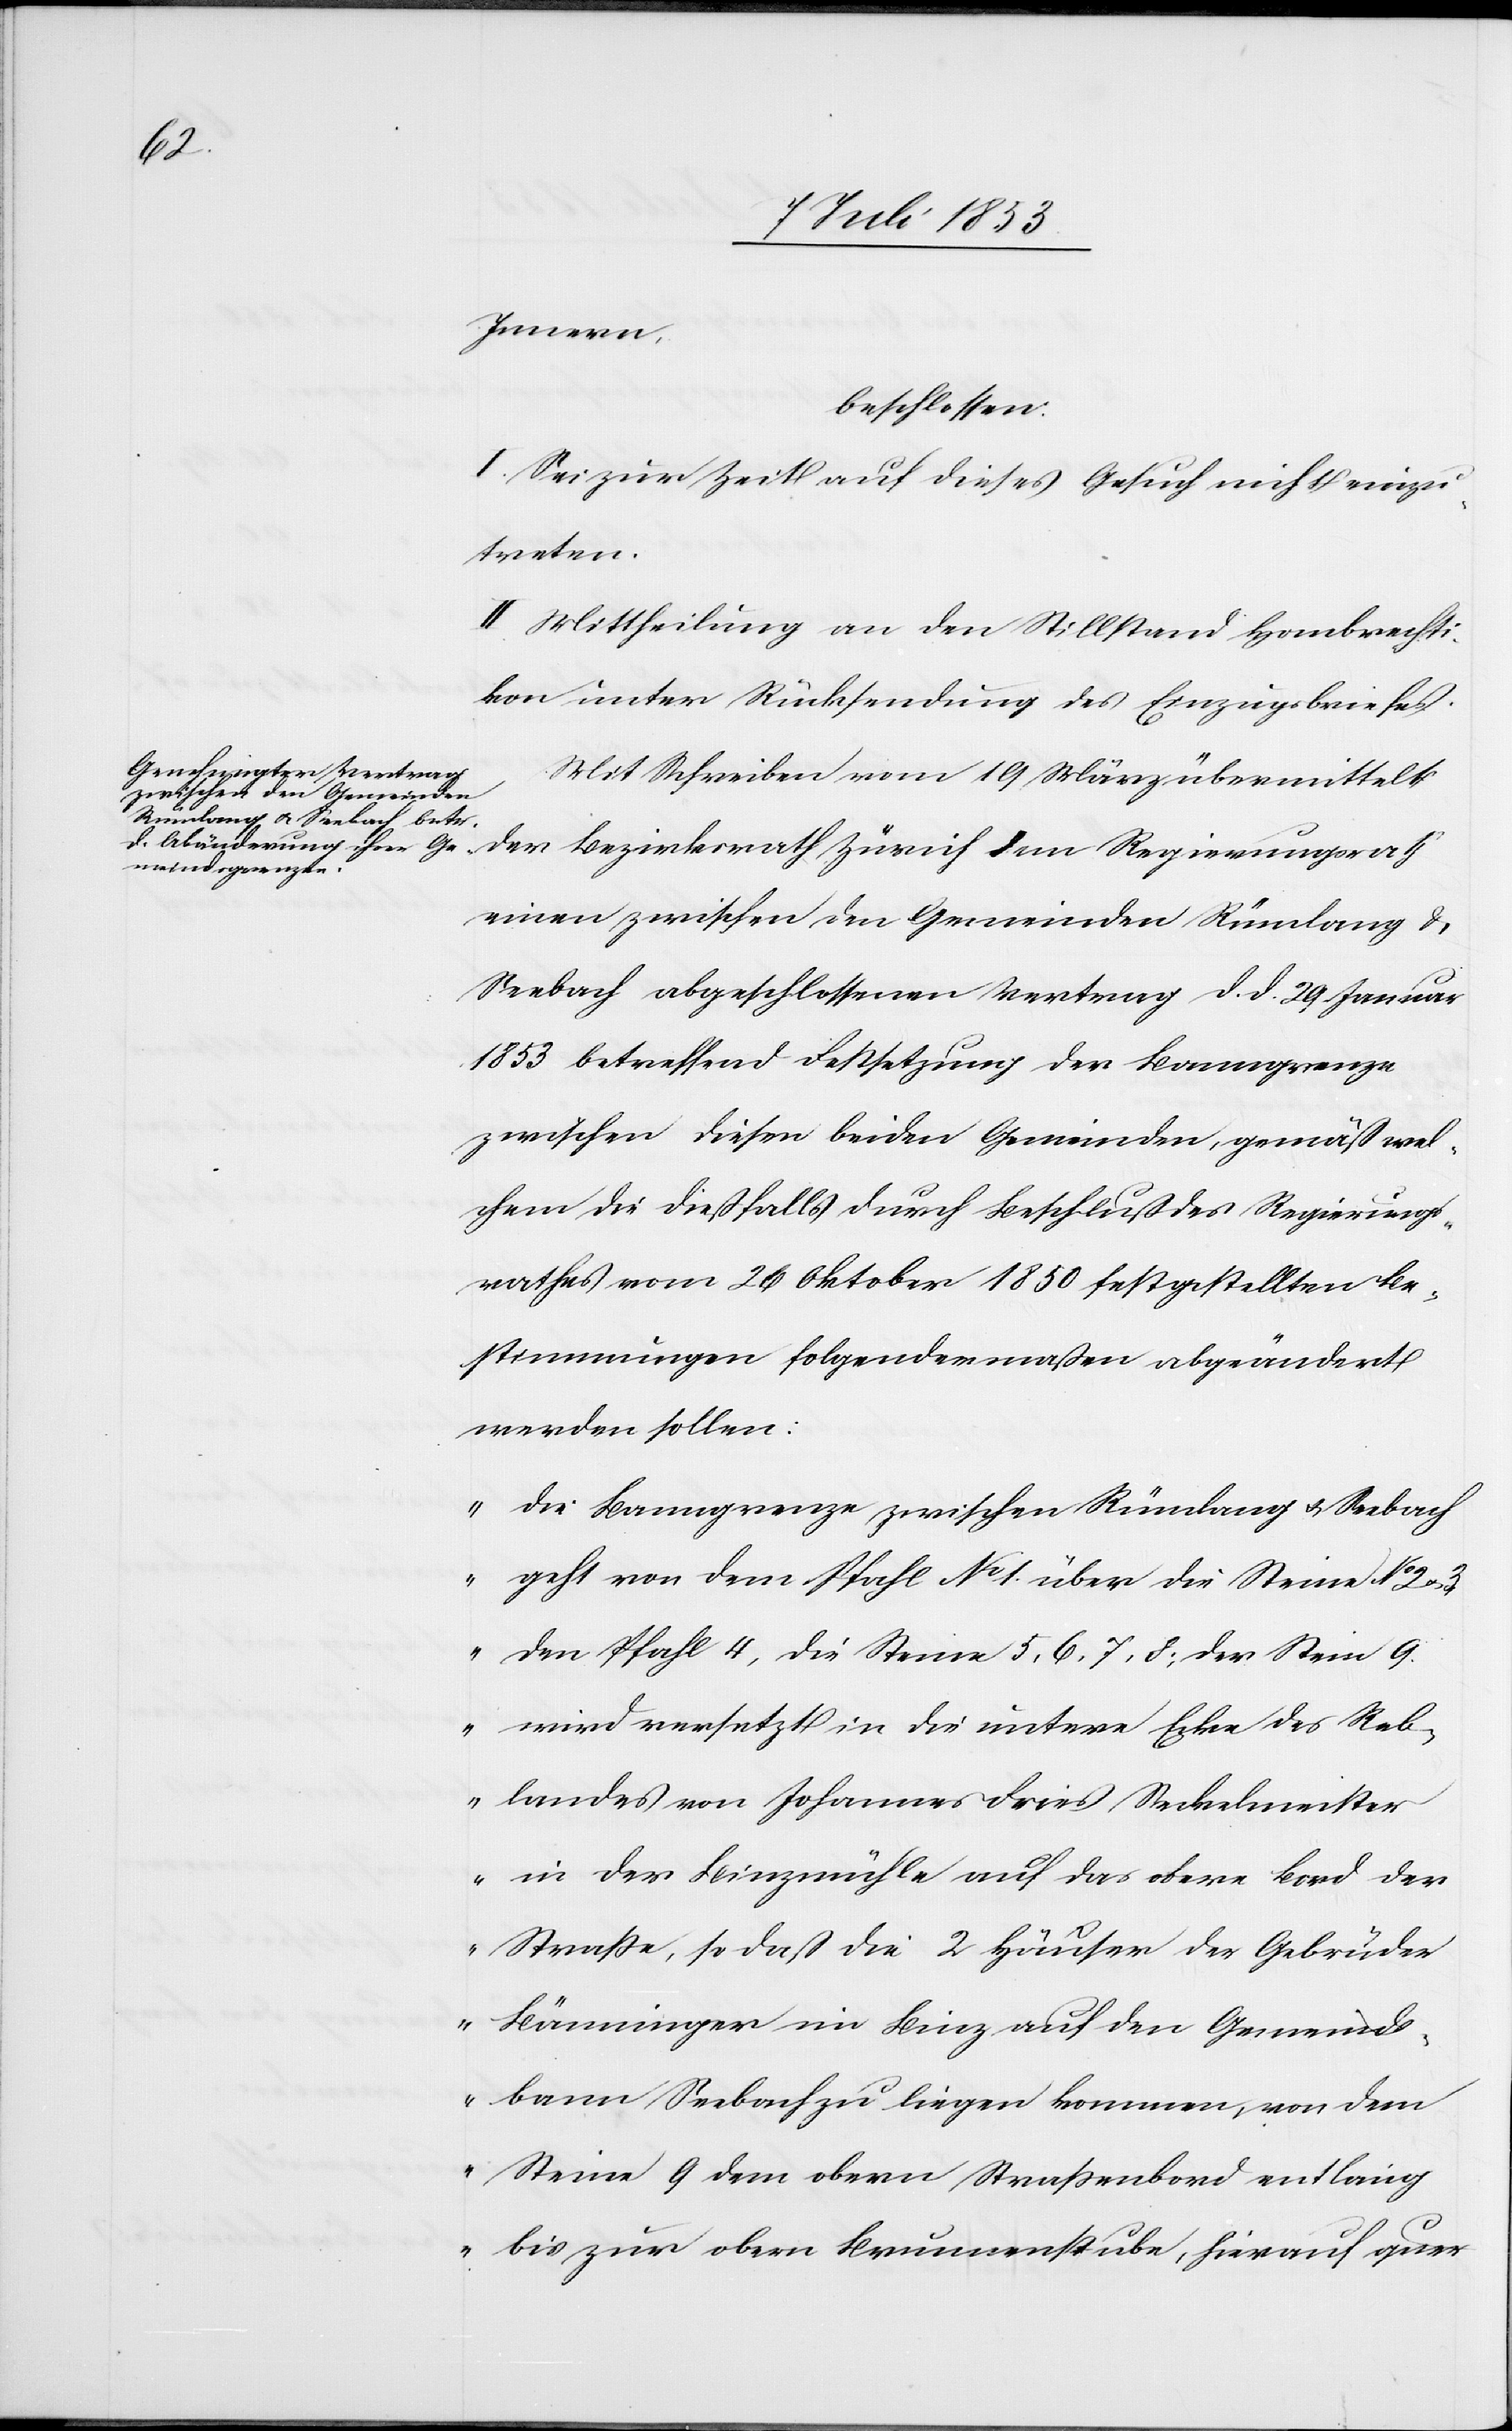
Innern,
beschlossen:
I. Sei zur Zeit auf dieses Gesuch nicht einzu¬
treten.
II. Mittheilung an den Stillstand Hombrechti¬
kon unter Rücksendung des Einzugsbriefes.
Mit Schreiben vom 19 März übermittelt
einen zwischen den Gemeinden Rümlang u.
Seebach abgeschlossenen Vertrag d. d. 29 Januar
1853 betreffend Festsetzung der Banngrenze
zwischen diesen beiden Gemeinden gemäß wel¬
chem die dießfalls durch Beschluß des Regierungs¬
rathes vom 26 Oktober 1850 festgestellten Be¬
stimmungen folgendermaßen abgeändert
werden sollen:
„Die Banngrenze zwischen Rümlang & Seebach
geht von dem Pfahl N° 1 über die Steine N° 2&3
den Pfahl 4, die Steine 5, 6, 7, 8; der Stein 9
wird versetzt in die untere Ecke des Reb¬
landes von Johannes Dreies Seckelmeister
in der Binzmühle auf das obere Bord der
Straße, so daß die 2 Häuser der Gebrüder
Bänninger im Binz auf der Gemeinds¬
bann Seebach zu liegen kommen, von dem
Steine 9 dem obern Straßenband entlang
bis zur obern Brunnenstube, hierauf quer